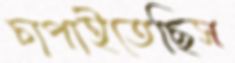
চাপাইতেছিস